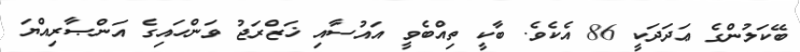
ބޭކަލުންގެ ޢަދަދަކީ 86 އެކެވެ. ބާކީ ތިއްބެވީ އައުސާއި ޚަޒްރަޖު ވަންހައިގެ އަންޞާރިއްޔަ